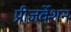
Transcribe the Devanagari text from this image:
प्रीज़र्वेशन